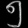
Digit: ၅